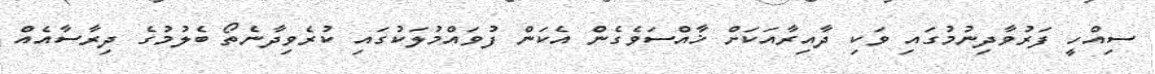
ސިއްހީ ފަރުވާދިނުމުގައި ވަކި ދާއިރާއަކަށް ޚާއްސަވެގެން އެކަން ފުވައްމުލަކުގައި ކުރެވިދާނެތޯ ބެލުމުގެ ދިރާސާއެއް